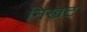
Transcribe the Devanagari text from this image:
निखट